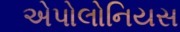
એપોલોનિયસ